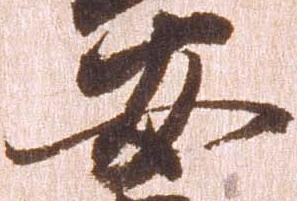
安